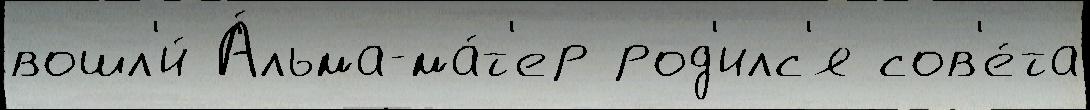
вошл'и́ А́льма-ма́т'ер род'илс'я сов'е́та